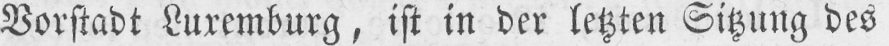
Vorstadt Luxemburg, ist in der letzten Sitzung des